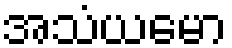
အသံယမော